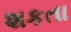
શકતા